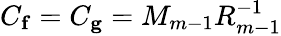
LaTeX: C_{\mathbf{f}}=C_{\mathbf{g}}=M_{m-1}R_{m-1}^{-1}